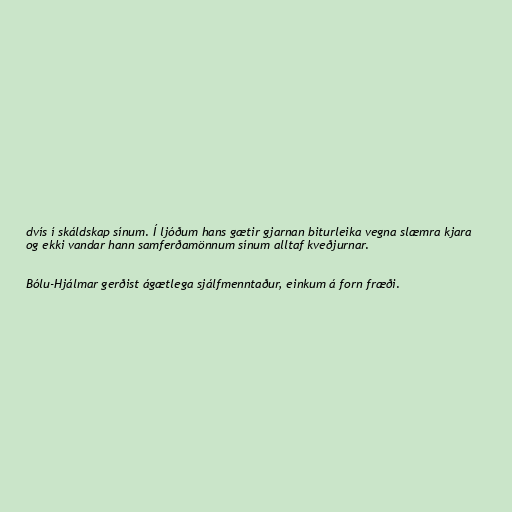
dvís í skáldskap sínum. Í ljóðum hans gætir gjarnan biturleika vegna slæmra kjara
og ekki vandar hann samferðamönnum sínum alltaf kveðjurnar.

Bólu-Hjálmar gerðist ágætlega sjálfmenntaður, einkum á forn fræði.